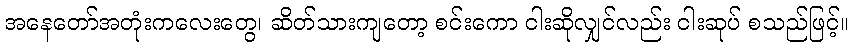
အနေတော်အတုံးကလေးတွေ၊ ဆိတ်သားကျတော့ စင်းကော ငါးဆိုလျှင်လည်း ငါးဆုပ် စသည်ဖြင့်။